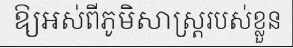
ឱ្យអស់ពីភូមិសាស្ត្ររបស់ខ្លួន